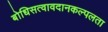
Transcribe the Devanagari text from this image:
बोधिसत्वावदानकल्पलता